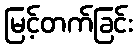
မြင့်တက်ခြင်း